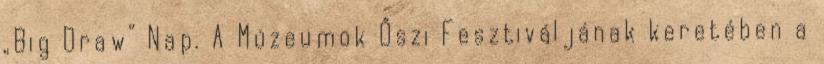
„Big Draw” Nap. A Múzeumok Őszi Fesztiváljának keretében a